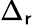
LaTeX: \Delta_{\mathsf{r}}